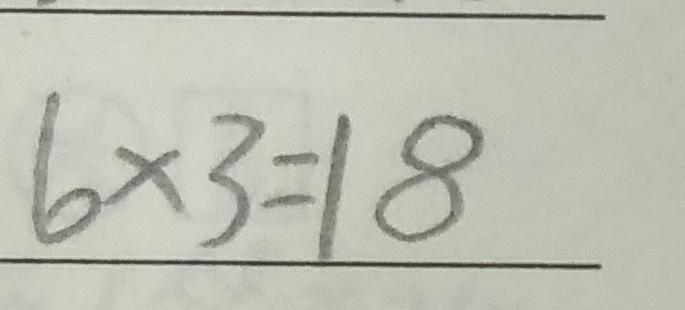
6 \times 3 = 1 8